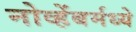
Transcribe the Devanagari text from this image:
नोव्हेंबर्मध्ये